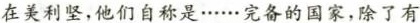
在美利坚，他们自称是……完备的国家，除了有